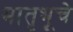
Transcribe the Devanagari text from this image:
मातृभूचे